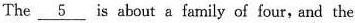
The \underline{5} is about a family of four, and the